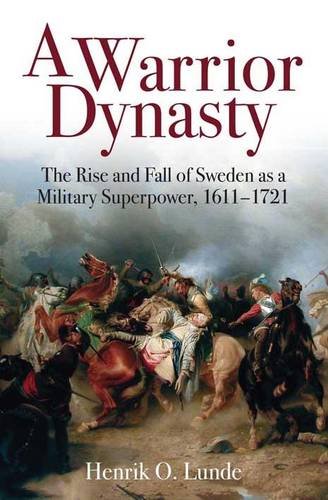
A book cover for A Warrior Dynasty: The Rise and Fall of Sweden as a Military Superpower, 1611-1721; Henrik Lunde; History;